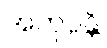
အကုပ္ပန္တိ